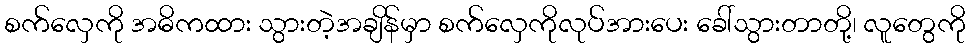
စက်လှေကို အဓိကထား သွားတဲ့အချိန်မှာ စက်လှေကိုလုပ်အားပေး ခေါ်သွားတာတို့၊ လူတွေကို